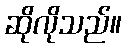
ဆိုလိုသည်။